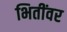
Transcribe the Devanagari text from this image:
भितींवर